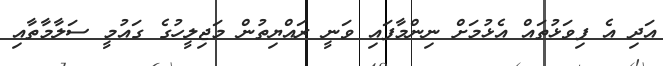
އަދި އެ ފިވަޅުތައް އެޅުމަށް ނިންމާފައި ވަނީ ރައްޔިތުން މަޖިލީހުގެ ގައުމީ ސަލާމާތާއި